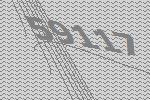
59117